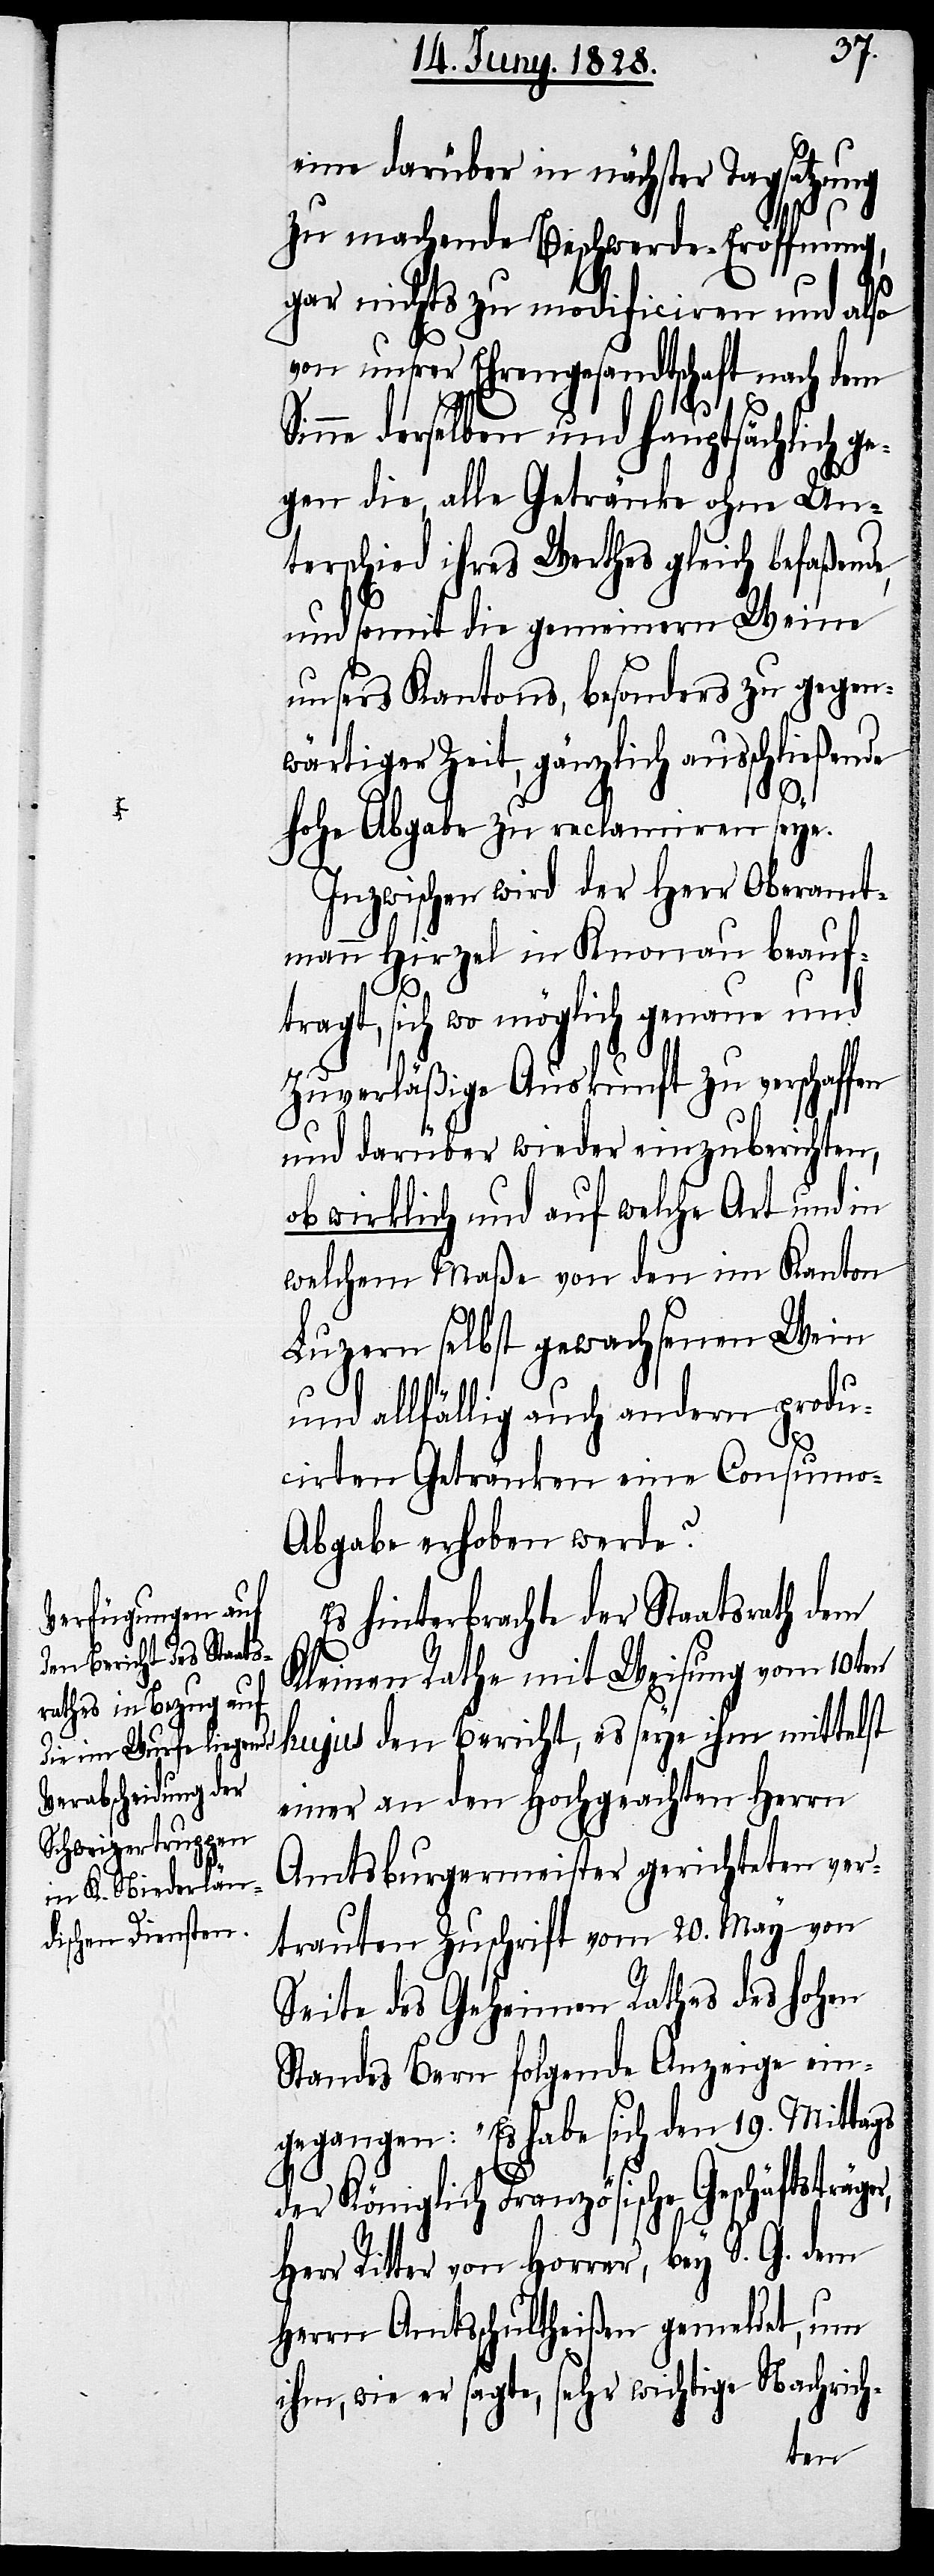
H¬

eine darüber in nächster Tagsatzung
zu machende Beschwerde-Eröffnung,
gar nichts zu modificiren und also
von unsrer Ehrengesandtschaft nach dem
inne derselben und hauptsächlich g¬
egen die, alle Getränke ohne Un¬
terschied ihres Werthes gleich befaßende,
und somit die gemeinern Weine
unsers Kantons, besonders zu gegen¬
wärtiger Zeit, gänzlich ausschließende
hohe Abgabe zu reclamiren seye.
Inzwischen wird der Herr Oberamt¬
mann Hirzel in Knonau beauf¬
tragt, sich wo möglich genaue und
Zuverläßiger Auskunft zu verschaffen
und darüber wieder einzuberichten,
ob wirklich und auf welche Art und in
welchem Maße von den im Kanton
Luzern selbst gewachsenen Wein
und allfällig auch andern produ¬
cirten Getränken eine Consumo-A¬
bgabe erhoben werde?
Es hinterbrachte der Staatsrath dem
Kleinen Rathe mit Weisung vom 10ten
hujus den Bericht, es seye ihm mittelst
einer an den Hochgeachten Herrn
Amtsburgermeister gerichteten ver¬
trauten Zuschrift vom 20. May von
Seite des Geheimen Rathes des hohen
Standes Bern folgende Anzeige ein¬
gegangen: „Es habe sich den 19. Mittags
der Königlich Französische Geschäftsträge¬
err Ritter von Horrer, bey S. G. dem
Herrn Amtsschultheißen gemeldet, um
ihm wie er sagte, sehr wichtige Nachrich-